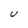
Character: U